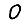
Digit: 0